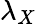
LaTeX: \lambda_{X}